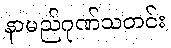
နာမည်ဂုဏ်သတင်း